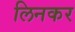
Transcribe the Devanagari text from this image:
लिनकर